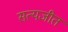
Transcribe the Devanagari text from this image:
सत्‍यजीत